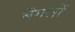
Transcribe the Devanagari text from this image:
बँगलों